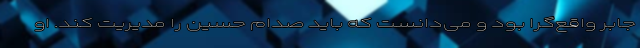
جابر واقع‌گرا بود و می‌دانست که باید صدام حسین را مدیریت کند. او